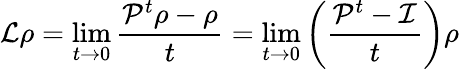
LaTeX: \mathcal{L}\rho=\operatorname*{lim}_{t\to 0}\frac{\mathcal{P}^{t}\rho-\rho}{t}=\operatorname*{lim}_{t\to 0}\left(\frac{\mathcal{P}^{t}-\mathcal{I}}{t}\right)\rho